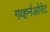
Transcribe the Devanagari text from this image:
गव्हर्नओरेट